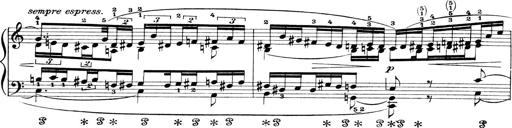
Title: 4 Sonatines
Composer: Max Reger